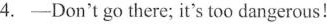
4.-Don't go there; it's too dangerous!